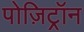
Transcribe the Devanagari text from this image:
पोज़िट्रॉन